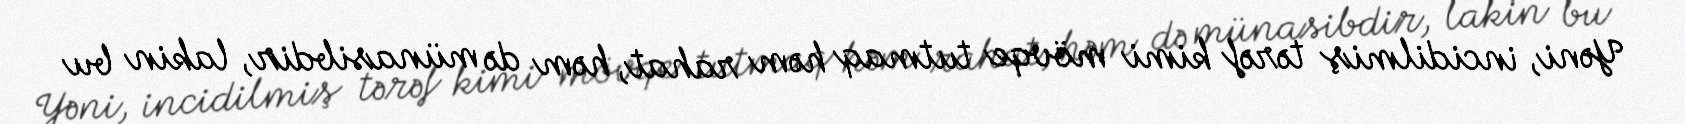
Yəni, incidilmiş tərəf kimi mövqe tutmaq həm rahat, həm də münasibdir, lakin bu